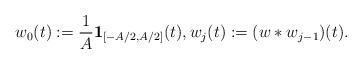
LaTeX: \begin{align*}w_0(t) := \frac{1}{A} \mathbf{1}_{[-A/2,A/2]}(t), w_j(t) := (w \ast w_{j-1})(t).\end{align*}